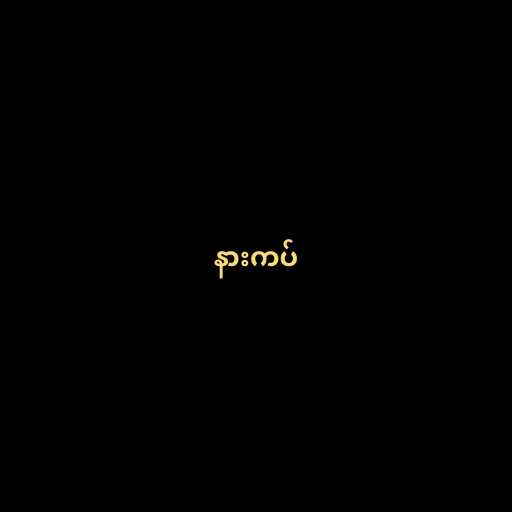
နားကပ်